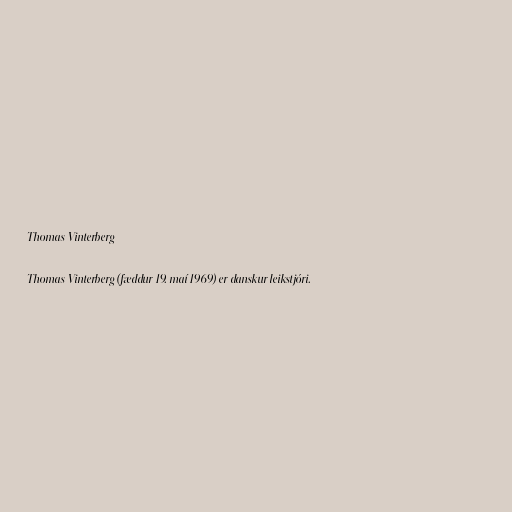
Thomas Vinterberg

Thomas Vinterberg (fæddur 19. maí 1969) er danskur leikstjóri.